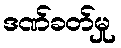
ဒဏ်ခတ်မှု